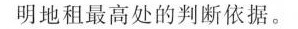
明地租最高处的判断依据。